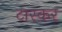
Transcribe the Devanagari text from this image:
टास्कर